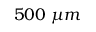
5 0 0 \ \mu m